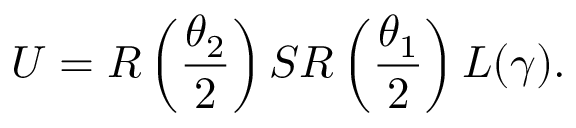
U = R \left( \frac { \theta _ { 2 } } { 2 } \right) S R \left( \frac { \theta _ { 1 } } { 2 } \right) L ( \gamma ) .